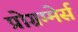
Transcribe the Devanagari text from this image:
प्रोग्रम्मेर्स